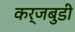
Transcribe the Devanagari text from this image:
कर्जबुडी